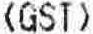
<GST>